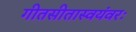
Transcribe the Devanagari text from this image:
गीतसीतास्वयंवरः